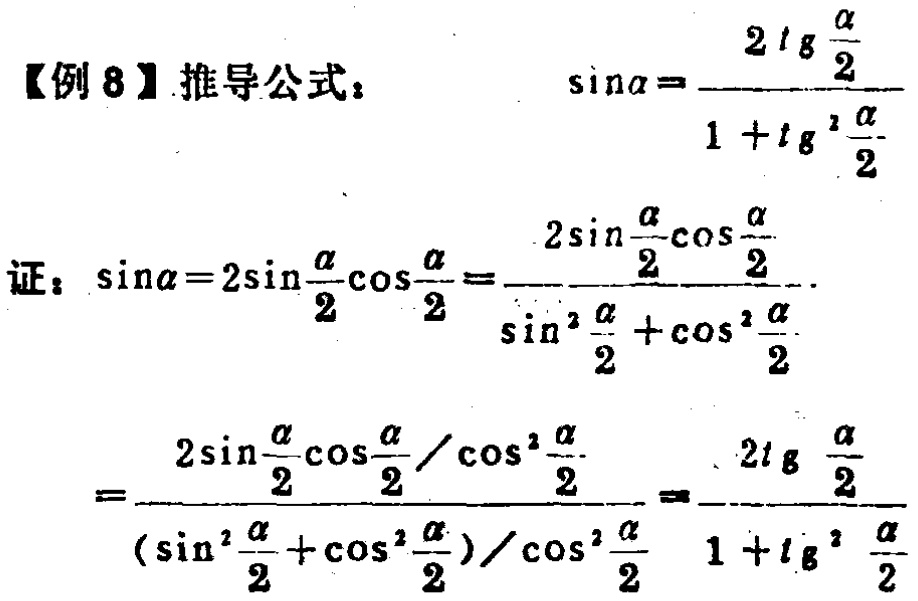
【例8】推导公式：

\[

\sin\alpha=\frac{2\mathrm{tg}\frac{\alpha}{2}}{1 + \mathrm{tg}^{2}\frac{\alpha}{2}}

\]

证：

\[

\begin{align*}

\sin\alpha&=2\sin\frac{\alpha}{2}\cos\frac{\alpha}{2}=\frac{2\sin\frac{\alpha}{2}\cos\frac{\alpha}{2}}{\sin^{2}\frac{\alpha}{2}+\cos^{2}\frac{\alpha}{2}}\\

&=\frac{2\sin\frac{\alpha}{2}\cos\frac{\alpha}{2}/\cos^{2}\frac{\alpha}{2}}{(\sin^{2}\frac{\alpha}{2}+\cos^{2}\frac{\alpha}{2})/\cos^{2}\frac{\alpha}{2}}=\frac{2\mathrm{tg}\frac{\alpha}{2}}{1 + \mathrm{tg}^{2}\frac{\alpha}{2}}

\end{align*}

\]